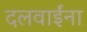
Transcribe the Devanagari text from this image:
दलवाईंना